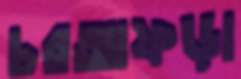
চরআফড়া